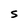
Character: S